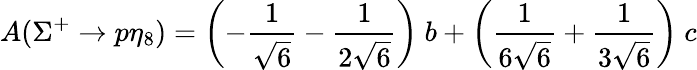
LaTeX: A(\Sigma^{+}\rightarrow p\eta_{8})=\left(-\frac{1}{\sqrt{6}}-\frac{1}{2\sqrt{6}}\right)~b+\left(\frac{1}{6\sqrt{6}}+\frac{1}{3\sqrt{6}}\right)~c